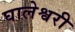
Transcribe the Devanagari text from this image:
घालेश्वरी